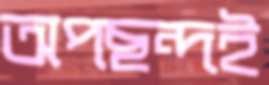
অপছন্দই